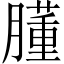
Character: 𦡂